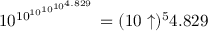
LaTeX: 1 0 ^ { 1 0 ^ { 1 0 ^ { 1 0 ^ { 1 0 ^ { 4 . 8 2 9 } } } } } = ( 1 0 \uparrow ) ^ { 5 } 4 . 8 2 9